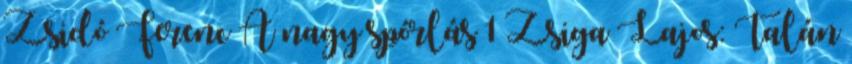
Zsidó Ferenc A nagy spórlás 1 Zsiga Lajos: Talán